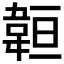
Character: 𩎨